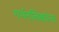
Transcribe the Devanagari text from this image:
गर्भनलिकांना